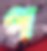
প